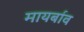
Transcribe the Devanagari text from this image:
मायर्बाव